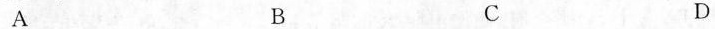
A B C D